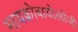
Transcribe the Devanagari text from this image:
मायक्रोबायोलॉजी